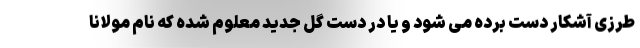
طرزی آشکار دست برده می شود و یا در دست گل جدید معلوم شده که نام مولانا